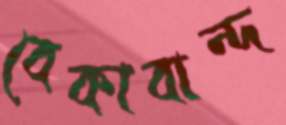
বেকাবান্দ